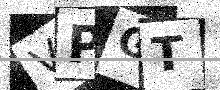
Text: VPGT